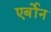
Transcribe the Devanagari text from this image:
एर्बोन